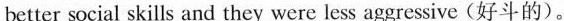
better social skills and they were less aggressive(好斗的).